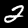
Label: 2